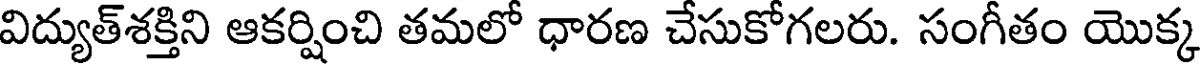
విద్యుత్శక్తిని ఆకర్షించి తమలో ధారణ చేసుకోగలరు. సంగీతం యొక్క